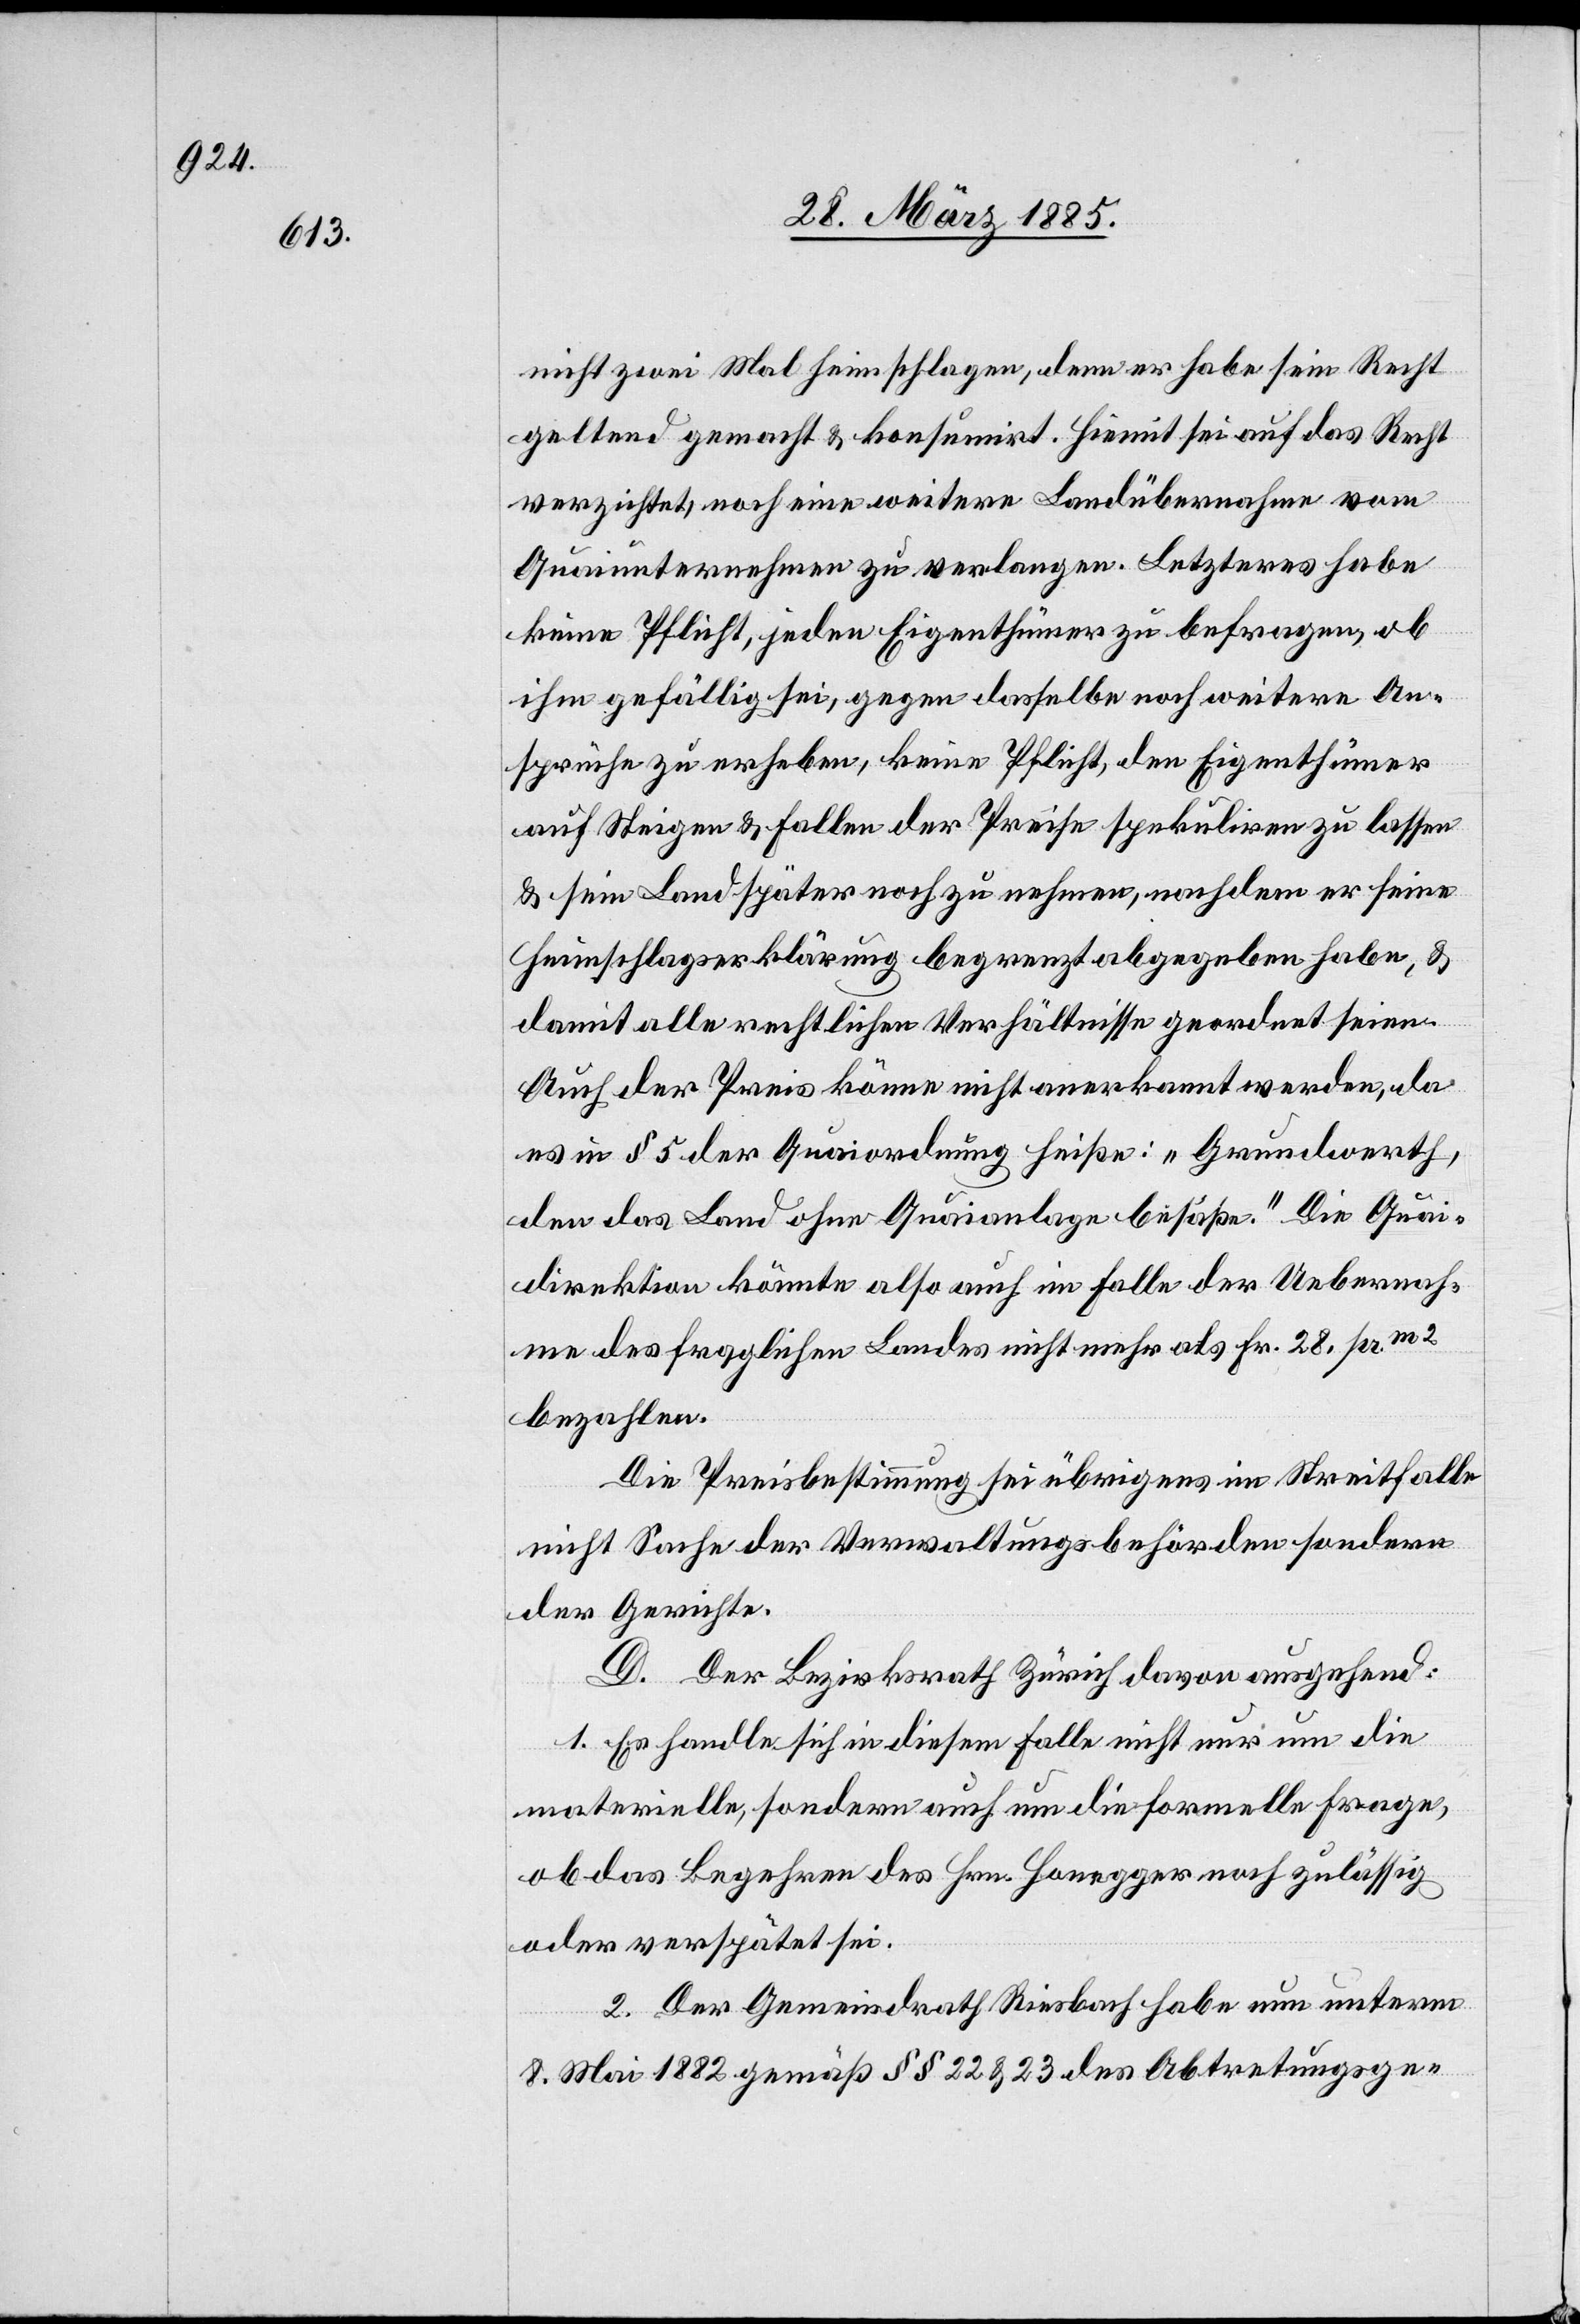
nicht zwei Mal heimschlagen, denn er habe sein Recht
geltend gemacht & konsumirt. Hiemit sei auf das Recht
verzichtet, noch eine weitere Landübernahme vom
Quaiunternehmen zu verlangen. Letzteres habe
keine Pflicht, jeden Eigenthümer zu befragen, ob
ihm gefällig sei, gegen dasselbe noch weitere An¬
sprüche zu erheben, keine Pflicht, den Eigenthümer
auf Steigen & Fallen der Preise spekuliren zu lassen
& sein Land später noch zu nehmen, nachdem er seine
Heimschlagserklärung begrenzt abgegeben habe, &
damit alle rechtlichen Verhältnisse geordnet seien.
Auch der Preis könne nicht anerkannt werden, da
es in § 5 der Quaiordnung heiße: „Grundwerth,
den das Land ohne Quaianlage besäße.“ Die Quai¬
direktion könnte also auch im Falle der Uebernah¬
me des fraglichen Landes nicht mehr als Fr. 28 pr. m2
bezahlen.
Die Preisbestimmung sei übrigens im Streitfalle
nicht Sache der Verwaltungsbehörden sondern
der Gerichte.
D. Der Bezirksrath Zürich davon ausgehend:
1. Es handle sich in diesem Falle nicht nur um die
materielle, sondern auch um die formelle Frage,
ob das Begehren des Hrn. Honegger noch zulässig
oder verspätet sei.
2. Der Gemeindrath Riesbach habe nun unterm
8. Mai 1882 gemäß §§ 22 & 23 des Abtretungsge-